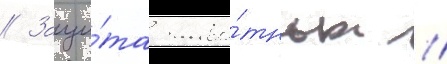
// Защи́та живо́тных //